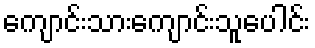
ကျောင်းသားကျောင်းသူပေါင်း